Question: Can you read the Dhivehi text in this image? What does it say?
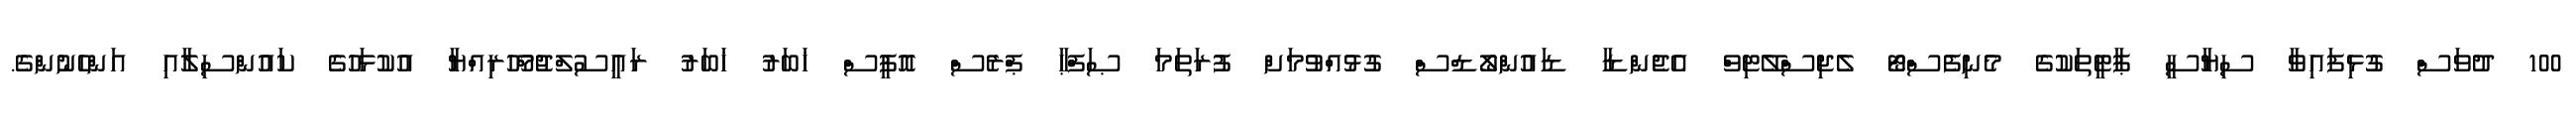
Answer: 100 ދުވަސް ގުޅިފައިވާ ސިޔާސީ ޕާޓީތަކުގެ މެނިފެސްޓޯ ލެޖިސްލޭޓިވް އެޖެންޑާ ޑައުންލޯޑްސް ގުޅުއްވުމަށް ފުރަތަމަ ޞަފްޙާ ޕްރެސް އޮފީސް ޚަބަރު ޚަބަރު ރައީސުލްޖުމްހޫރިއްޔާ އުކުޅަހުގެ ކައުންސިލާއި އަންހެނުންގެ.